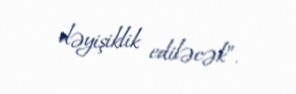
dəyişiklik ediləcək”.